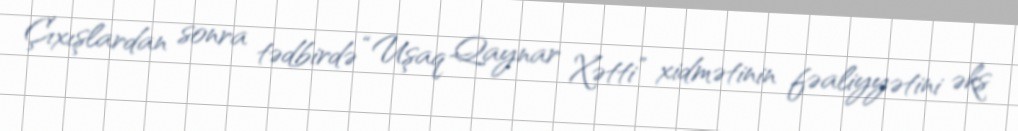
Çıxışlardan sonra tədbirdə “Uşaq Qaynar Xətti” xidmətinin fəaliyyətini əks